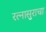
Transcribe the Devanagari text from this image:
रत्नासुराचा